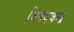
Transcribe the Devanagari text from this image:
विनयचन्द्र